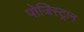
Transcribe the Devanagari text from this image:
पोजिस्ट्रान